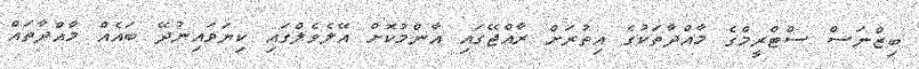
ބިޒްނަސް ސްޓްރީމްގެ މާއްދާތަކުގެ އިތުރަށް ރާއްޖޭގައި އާންމުކޮށް އޭލެވެލްގައި ކިޔަވައިނުދޭ ބައެއް މާއްދާތައް